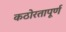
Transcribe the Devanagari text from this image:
कठोरतापूर्ण